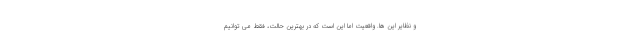
و نظایر این ها. واقعیت اما این است که در بهترین حالت، فقط می توانیم